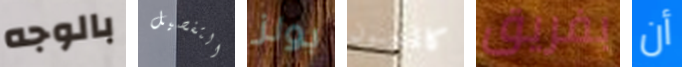
بالوجه التفصيل بولز كالمجنون بفريق أن